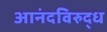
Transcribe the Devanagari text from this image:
आनंदविरुद्ध